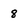
Character: 8